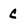
Character: C